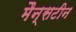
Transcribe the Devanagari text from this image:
मैन्सटीन